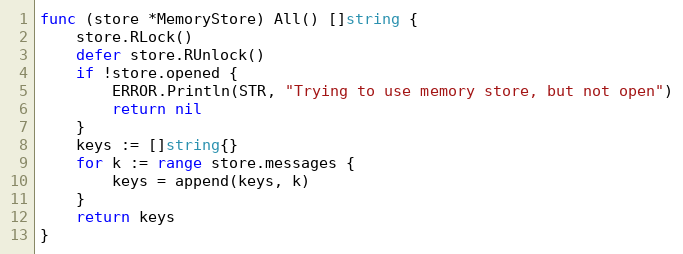
Language: Go
func (store *MemoryStore) All() []string {
	store.RLock()
	defer store.RUnlock()
	if !store.opened {
		ERROR.Println(STR, "Trying to use memory store, but not open")
		return nil
	}
	keys := []string{}
	for k := range store.messages {
		keys = append(keys, k)
	}
	return keys
}